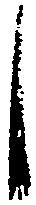
し